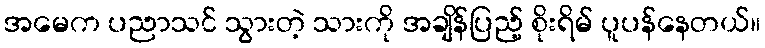
အမေက ပညာသင် သွားတဲ့ သားကို အချိန်ပြည့် စိုးရိမ် ပူပန်နေတယ်။